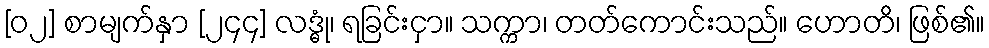
[၀၂] စာမျက်နှာ [၂၄၄] လဒ္ဓုံ၊ ရခြင်းငှာ။ သက္ကာ၊ တတ်ကောင်းသည်။ ဟောတိ၊ ဖြစ်၏။